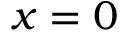
x = 0